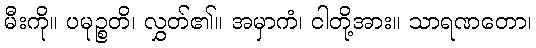
မီးကို။ ပမုဉ္စတိ၊ လွှတ်၏။ အမှာကံ၊ ငါတို့အား။ သာရဏတော၊